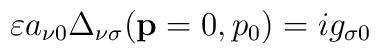
\varepsilon a_{\nu 0}\Delta _{\nu \sigma }(\mathbf{p}=0,p_{0})=ig_{\sigma 0}